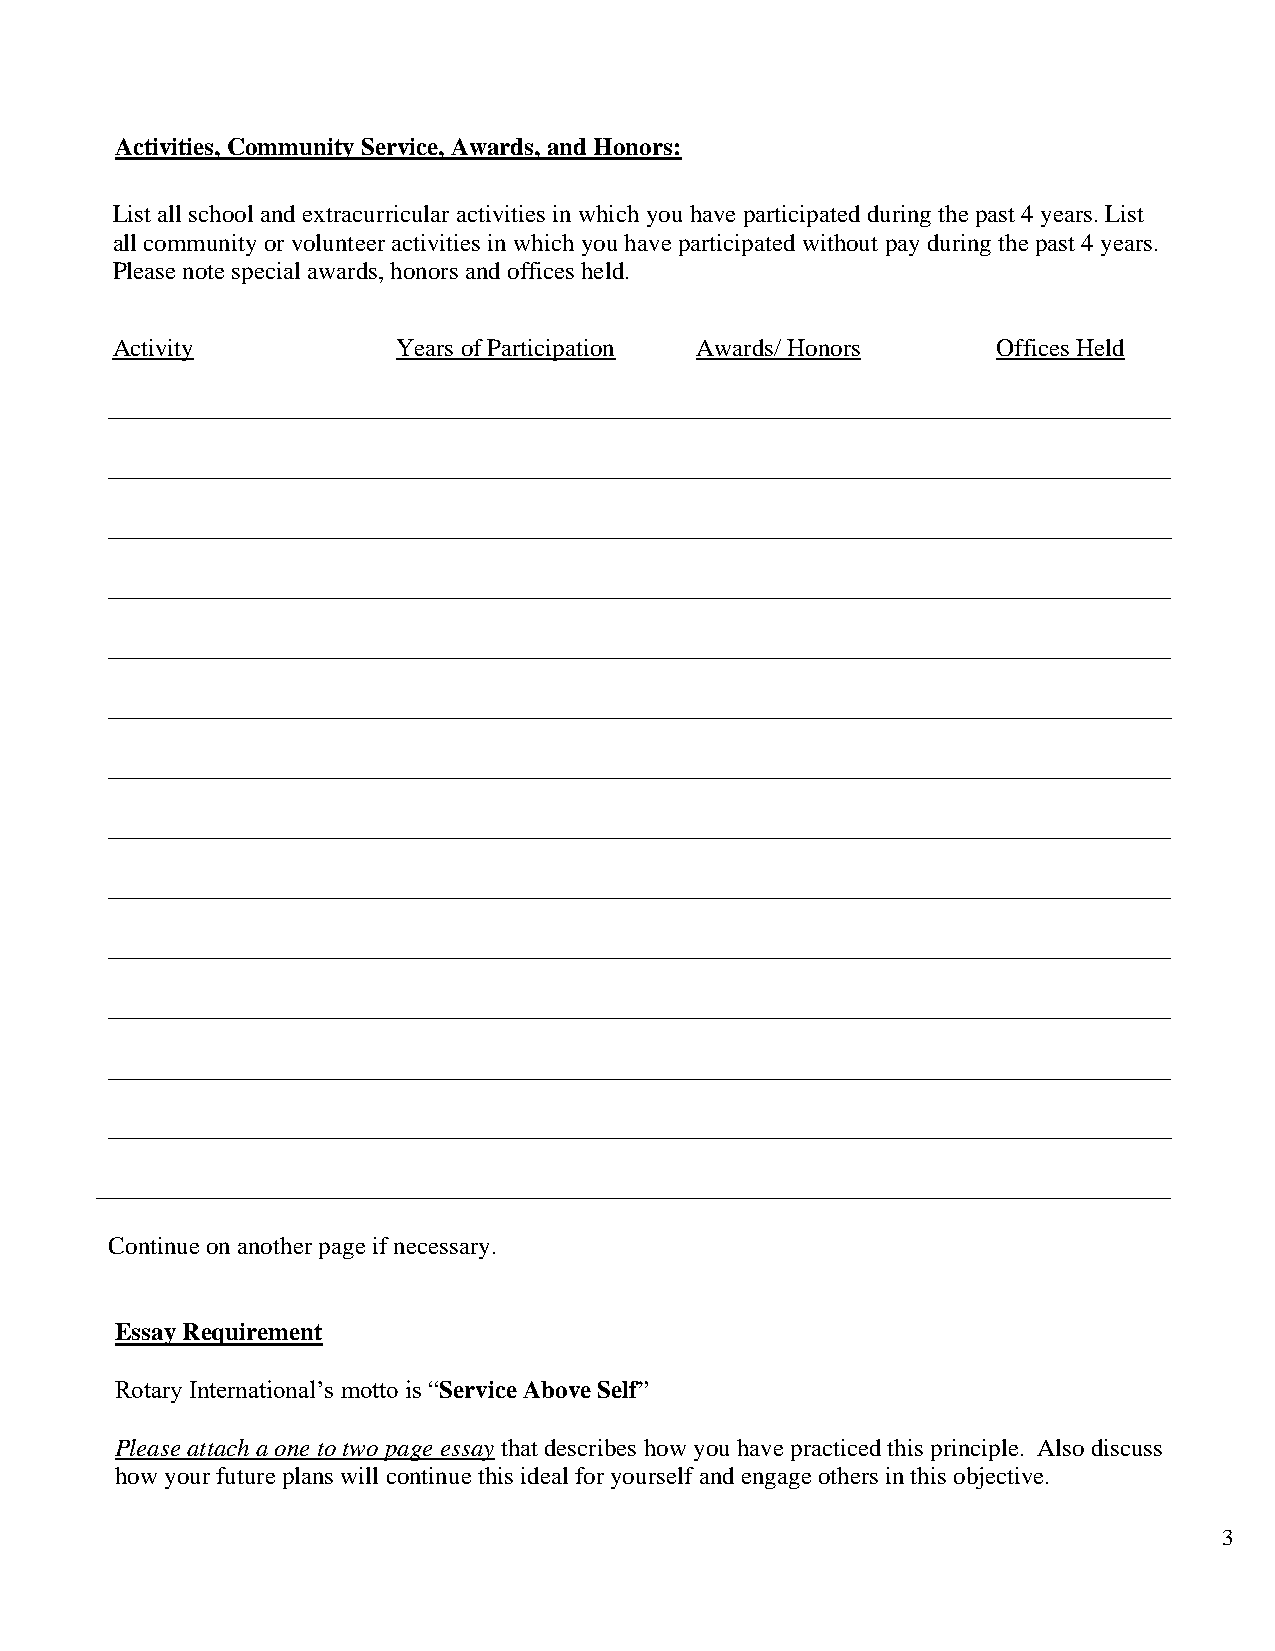
Activities, Community Service, Awards, and Honors:
 List all school and extracurricular activities in which you have participated during the past 4 years. List
 all community or volunteer activities in which you have participated without pay during the past 4 years.
 Please note special awards, honors and offices held.
 Activity           Years of Participation Awards/ Honors   Offices Held
 _____________________________________________________________________________________
 _____________________________________________________________________________________
 _____________________________________________________________________________________
 _____________________________________________________________________________________
 _____________________________________________________________________________________
 _____________________________________________________________________________________
 _____________________________________________________________________________________
 _____________________________________________________________________________________
 _____________________________________________________________________________________
 _____________________________________________________________________________________
 _____________________________________________________________________________________
 _____________________________________________________________________________________
 _____________________________________________________________________________________
 ______________________________________________________________________________________
 Continue on another page if necessary.
 Essay Requirement
 Rotary International’s motto is “Service Above Self”
 Please attach a one to two page essay that describes how you have practiced this principle. Also discuss
 how your future plans will continue this ideal for yourself and engage others in this objective.
 3